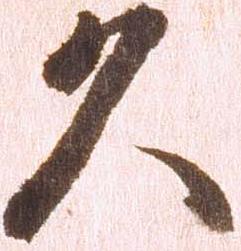
久